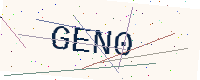
Text: GEN0